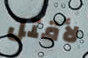
لأقتل